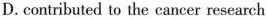
D. contributed to the cancer research